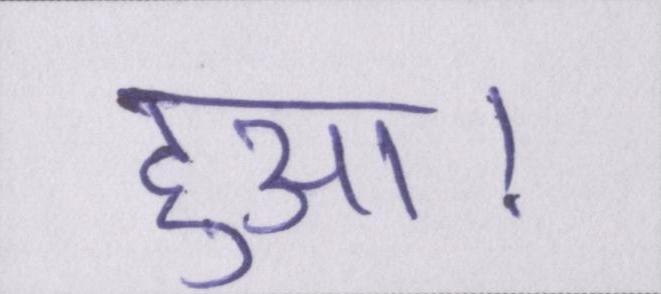
हुआ।